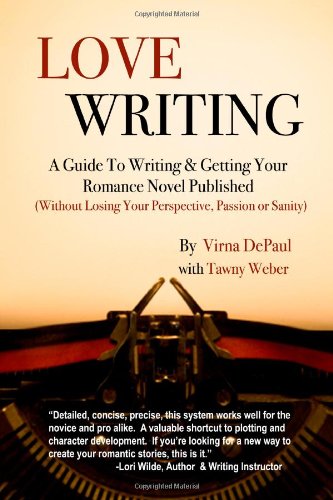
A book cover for Love Writing: A Guide To Writing And Getting Your Romance Novel Published: (Without Losing Your Perspective, Passion Or Sanity); Virna DePaul; Romance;